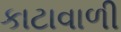
કાટાવાળી